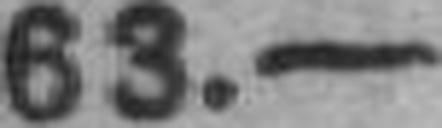
63.—